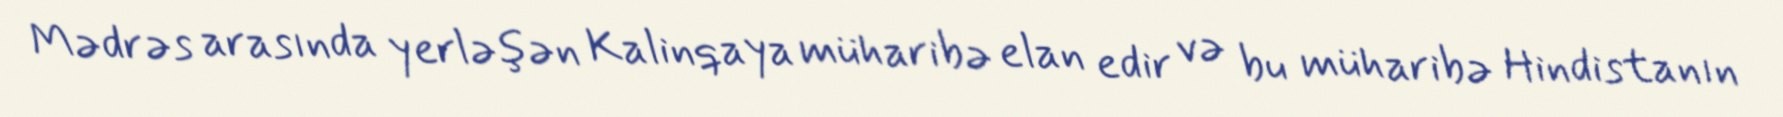
Mədrəs arasında yerləşən Kalinqaya müharibə elan edir və bu müharibə Hindistanın